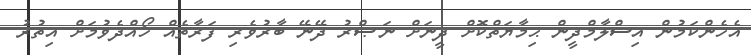
އެހެންކަމުން އިސްލާމްދީން ޙިމާޔަތްކޮށް ދީނަށް ނަޞްރު ދޭނޭ ބާރުވެރި ފަރާތެއް ހޯއްދެވުމަށް އިތުރު